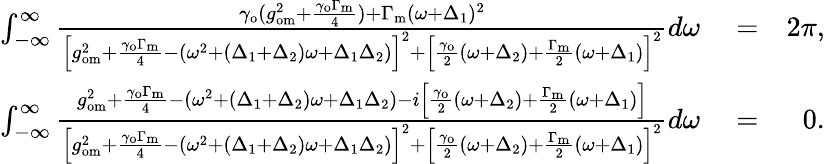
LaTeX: \begin{array}{rlr}{\int_{-\infty}^{\infty}\frac{\gamma_{\mathrm{o}}(g_{\mathrm{om}}^{2}+\frac{\gamma_{\mathrm{o}}\Gamma_{\mathrm{m}}}{4})+\Gamma_{\mathrm{m}}(\omega+\Delta_{1})^{2}}{\left[g_{\mathrm{om}}^{2}+\frac{\gamma_{\mathrm{o}}\Gamma_{\mathrm{m}}}{4}-(\omega^{2}+(\Delta_{1}+\Delta_{2})\omega+\Delta_{1}\Delta_{2})\right]^{2}+\left[\frac{\gamma_{\mathrm{o}}}{2}(\omega+\Delta_{2})+\frac{\Gamma_{\mathrm{m}}}{2}(\omega+\Delta_{1})\right]^{2}}d\omega}&{{}=}&{2\pi,}\\ {\int_{-\infty}^{\infty}\frac{g_{\mathrm{om}}^{2}+\frac{\gamma_{\mathrm{o}}\Gamma_{\mathrm{m}}}{4}-(\omega^{2}+(\Delta_{1}+\Delta_{2})\omega+\Delta_{1}\Delta_{2})-i\left[\frac{\gamma_{\mathrm{o}}}{2}(\omega+\Delta_{2})+\frac{\Gamma_{\mathrm{m}}}{2}(\omega+\Delta_{1})\right]}{\left[g_{\mathrm{om}}^{2}+\frac{\gamma_{\mathrm{o}}\Gamma_{\mathrm{m}}}{4}-(\omega^{2}+(\Delta_{1}+\Delta_{2})\omega+\Delta_{1}\Delta_{2})\right]^{2}+\left[\frac{\gamma_{\mathrm{o}}}{2}(\omega+\Delta_{2})+\frac{\Gamma_{\mathrm{m}}}{2}(\omega+\Delta_{1})\right]^{2}}d\omega}&{{}=}&{0.}\end{array}